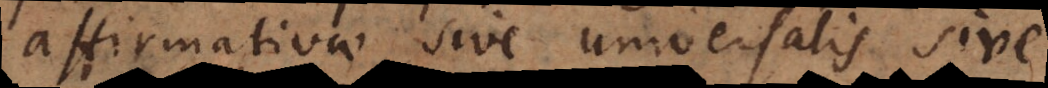
ativae sive universalis sive